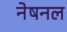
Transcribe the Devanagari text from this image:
नेषनल